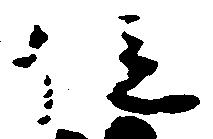
位